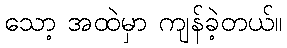
သော့ အထဲမှာ ကျန်ခဲ့တယ်။